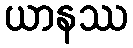
ယာနဿ